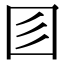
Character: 𡆱